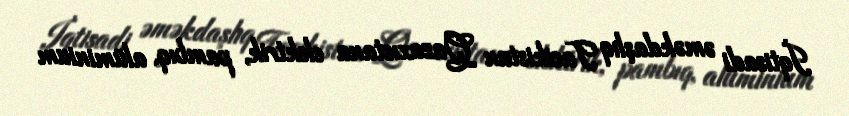
İqtisadi əməkdaşlıq Tacikistan Qazaxıstana elektrik, pambıq, alüminium